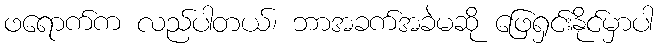
ဖရောက်က လည်ပါတယ်၊ ဘာအခက်အခဲမဆို ဖြေရှင်းနိုင်မှာပါ